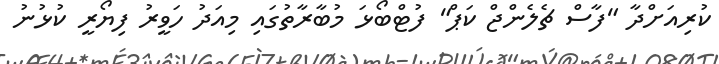
ކުރިއަށްދާ "ފާސް ޗެލެންޖް ކަޕް" ފުޓްބޯޅަ މުބާރާތުގައި މިއަދު ހަވީރު ފިޔޯރީ ކުޅުނު